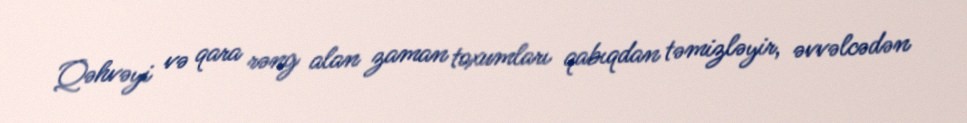
Qəhvəyi və qara rəng alan zaman toxumları qabıqdan təmizləyir, əvvəlcədən